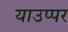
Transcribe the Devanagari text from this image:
याउप्पर